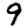
Digit: 9